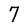
Character: 7